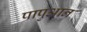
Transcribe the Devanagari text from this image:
पापुआन